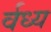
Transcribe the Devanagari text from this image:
र्वध्य